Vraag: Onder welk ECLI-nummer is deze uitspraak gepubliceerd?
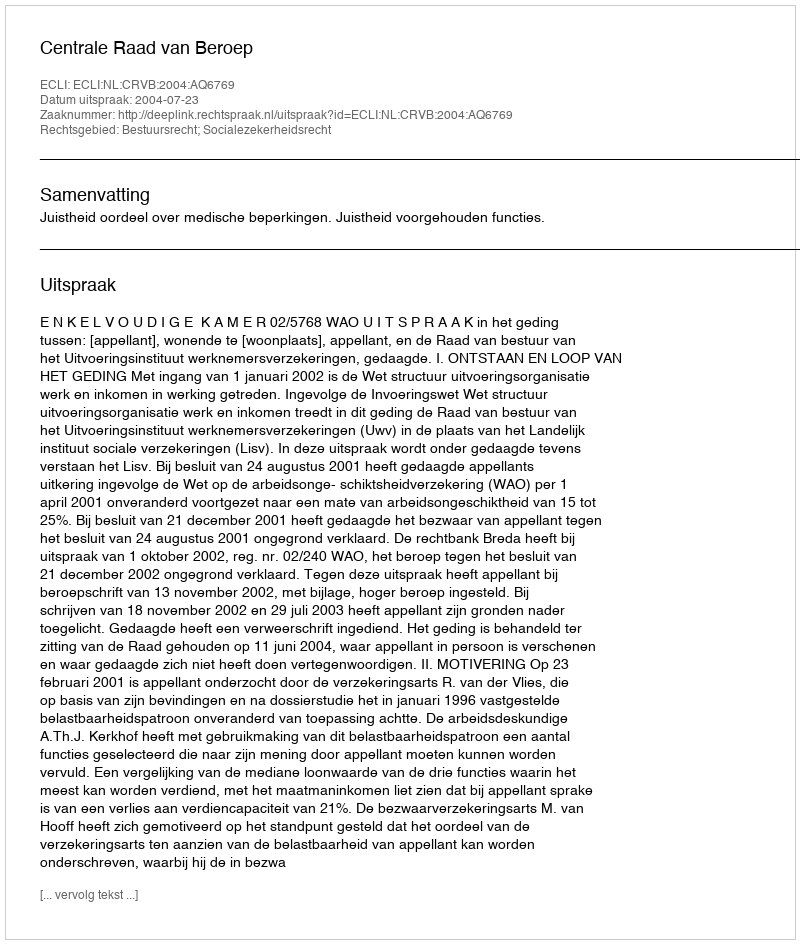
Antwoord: ECLI:NL:CRVB:2004:AQ6769